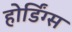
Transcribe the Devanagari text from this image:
होर्डिंग्स